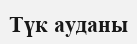
Түк ауданы